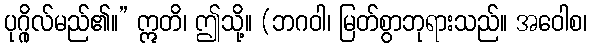
ပုဂ္ဂိုလ်မည်၏။” ဣတိ၊ ဤသို့။ (ဘဂဝါ၊ မြတ်စွာဘုရားသည်။ အဝေါစ၊